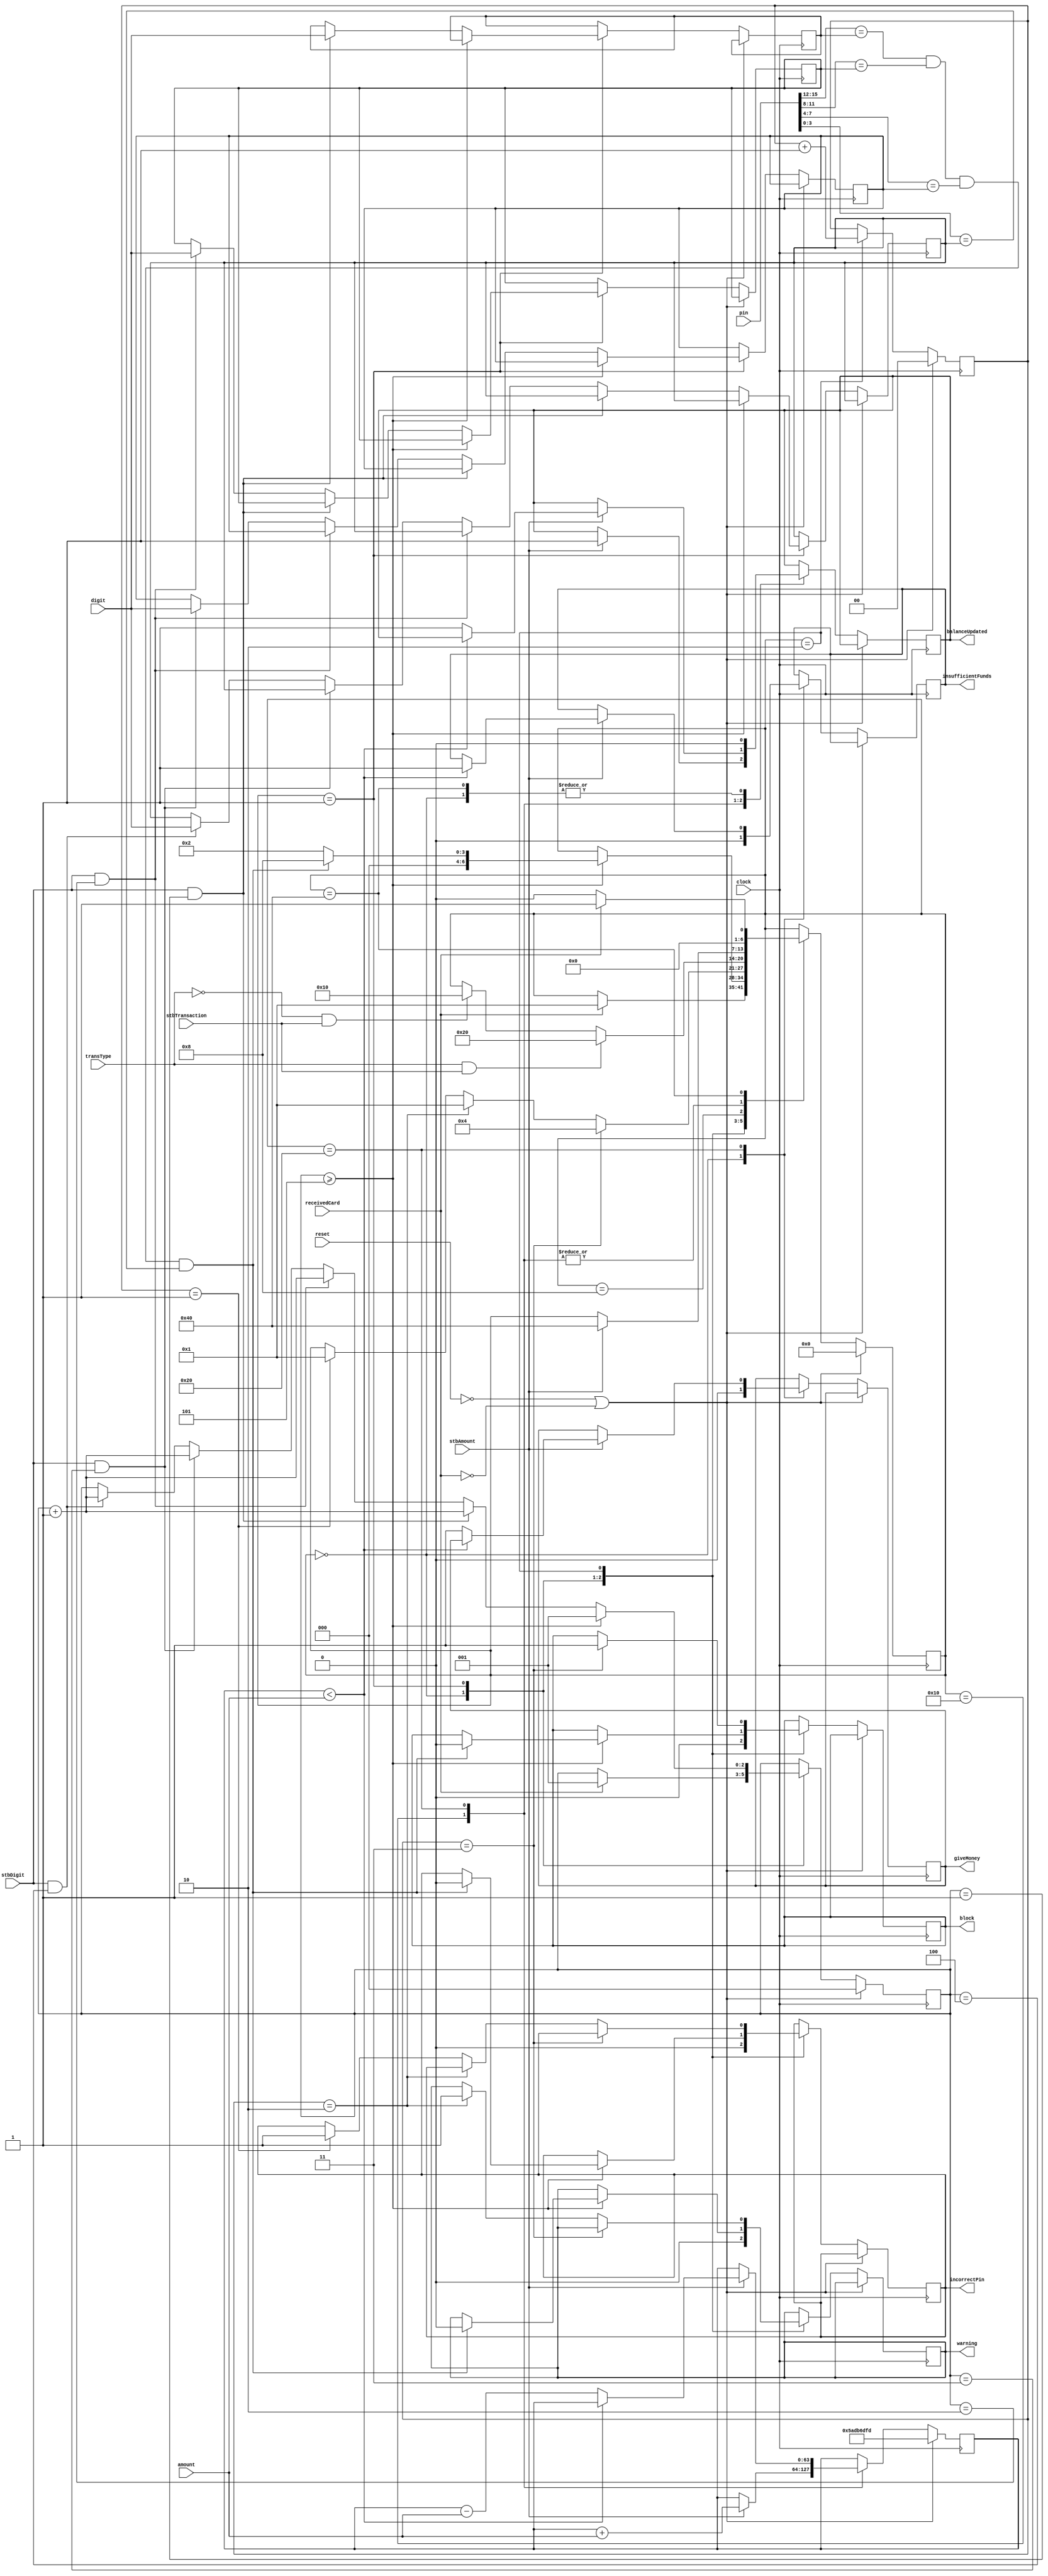
/* Controlador de ATM

Hecho por: Jorge Meneses Garro C14742
Fecha: 18 de Mayo de 2024

*/

module ATM(
    // Entradas
    input wire clock, reset, 
    input wire receivedCard, transType,
    input wire stbDigit, stbAmount, stbTransaction,
    input wire [3:0] digit,
    input wire [15:0]  pin,
    input wire [31:0] amount,
    
    // Salidas
    output reg balanceUpdated, giveMoney, incorrectPin, insufficientFunds, warning, block
);

// Registros para el comportamiento de los FF (memoria de salidas)
reg next_balanceUpdated, next_giveMoney, next_incorrectPin, next_insufficientFunds, next_warning, next_block;

// Registro de balance de 64 bits
reg [63:0] balance;
reg [63:0] next_balance;

// Registro con intentos de pin
reg [1:0] tries;
reg [1:0] next_tries;

// Registro de estados y proximo estado
reg [6:0] state;
reg [6:0] next_state;

// Registros de los digitos ingresados
reg [2:0] digitCount;
reg [3:0] firstDigit;
reg [3:0] secondDigit;
reg [3:0] thirdDigit;
reg [3:0] fourthDigit;

reg [2:0] next_digitCount;
reg [3:0] next_firstDigit;
reg [3:0] next_secondDigit;
reg [3:0] next_thirdDigit;
reg [3:0] next_fourthDigit;

// Estados con codificacion One Hot
parameter idle = 7'b0000_000; 
parameter cardDetected = 7'b0000_001;
parameter wrongPin = 7'b0000_010;
parameter blockedSystem = 7'b0000_100;
parameter correctPin = 7'b0001_000;
parameter deposit = 7'b0010_000;
parameter withdrawal = 7'b0100_000;
parameter finalized = 7'b1000_000;

// Memoria de estados y salidas con FFs
always @(posedge clock) begin
    if(~reset || ~receivedCard) begin
        // Se elimina el bloqueo unicamente con reset
        if (state == blockedSystem && ~receivedCard && reset) state <= blockedSystem;
        state <= idle;
        tries <= 2'b00;
        digitCount <= 3'b000;
        balance <= 64'b0000_0000_0000_0000_0000_0000_0000_0000_0101_1010_1101_1011_0110_1101_1111_1101;
    end else begin
        // Pasar proximo estado
        state <= next_state;

        // Pasar salidas
        balanceUpdated <= next_balanceUpdated;
        giveMoney <= next_giveMoney;
        incorrectPin <= next_incorrectPin;
        insufficientFunds <= next_insufficientFunds;
        warning <= next_warning;
        block <= next_block;

        // Pasar cambios de registros
        tries <= next_tries;
        balance <= next_balance;
        digitCount <= next_digitCount;

        // Mantener los digitos
        firstDigit <=  next_firstDigit;
        secondDigit <= next_secondDigit;
        thirdDigit <= next_thirdDigit;
        fourthDigit <= next_fourthDigit;
    end
end

// Calculo de estados y salidas
always @(*) begin
    // Completar comportameinto de los FFs
    next_state = state;
    next_balanceUpdated = balanceUpdated;
    next_giveMoney = giveMoney;
    next_incorrectPin = incorrectPin;
    next_insufficientFunds = insufficientFunds;
    next_warning = warning;
    next_block = block;
    next_tries = tries;
    next_balance = balance;
    next_digitCount = digitCount;
    next_firstDigit = firstDigit;
    next_secondDigit = secondDigit;
    next_thirdDigit = thirdDigit;
    next_fourthDigit = fourthDigit;
    // ANalizar para cada estado
    case (state)
        // ESperando tarjeta
        idle: 
            begin
                // Establecer salidas en cero
                next_balanceUpdated = 0;
                next_giveMoney = 0;
                next_incorrectPin = 0;
                next_insufficientFunds = 0;
                next_warning = 0;
                next_block = 0;
                // Caso donde se detecta tarjeta
                if(receivedCard) begin
                    next_state = cardDetected;
                    next_digitCount = 3'b001;
                end
            end

        // Tarjeta detectada
        cardDetected:
            begin
                if(digitCount >= 3'b101)begin
                    next_digitCount = 3'b001;
                    if(pin[15:12] == firstDigit && pin[11:8] == secondDigit && pin[7:4] == thirdDigit && pin[3:0] == fourthDigit) begin
                        next_state = correctPin;
                        next_incorrectPin = 0;
                        next_warning = 0;
                        next_block = 0;
                    end else next_state = wrongPin; 
                end else begin
                    if (stbDigit && digitCount == 3'b001) begin
                        next_firstDigit = digit;
                        next_digitCount = digitCount + 3'b001;
                    end else if (stbDigit && digitCount == 3'b010) begin
                        next_secondDigit = digit;
                        next_digitCount = digitCount + 3'b001;
                    end else if (stbDigit && digitCount == 3'b011) begin
                        next_thirdDigit = digit;
                        next_digitCount = digitCount + 3'b001;
                    end else if (stbDigit && digitCount == 3'b100) begin
                        next_fourthDigit = digit;
                        next_digitCount = digitCount + 3'b001;
                    end
                end
            end

        // Pin erroneo
        wrongPin:
            begin
                next_tries = tries + 2'b01;
                if(tries == 2'b11) begin
                    next_block = 1;
                    next_state = blockedSystem;
                end else if (tries == 2'b10) begin
                    next_warning = 1;
                    next_state = cardDetected;
                end else if (tries == 2'b01) begin
                    next_incorrectPin = 1;
                    next_state = cardDetected;
                end
            end

        // Sistema bloqueado
        blockedSystem:
            begin
            end
            
        // Pin correcto
        correctPin:
            begin
                if(transType && stbTransaction) next_state = withdrawal;
                else if (~transType && stbTransaction) next_state = deposit;
            end

        // Deposito de dnero
        deposit:
            begin
                if(stbAmount) begin
                    next_balance = balance + amount;
                    next_balanceUpdated = 1;
                    next_state = finalized;
                end
            end
        // Retiro de dinero
        withdrawal:
            begin
                if(stbAmount)begin
                    if(balance < amount) begin
                        next_insufficientFunds = 1;
                        next_state = finalized;
                    end else begin
                        next_balance = balance - amount;
                        next_giveMoney = 1;
                        next_balanceUpdated = 1;
                        next_state = finalized;
                    end
                end 
            end

        // Transaccion finalizada
        finalized:
            begin
                next_balanceUpdated = 0;
                if(receivedCard) next_state = cardDetected;
                else next_state = idle;
            end
    endcase
end
endmodule